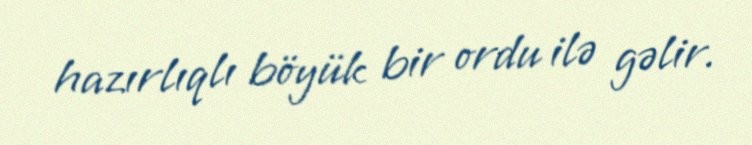
hazırlıqlı böyük bir ordu ilə gəlir.